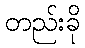
တည်းခို